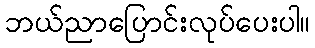
ဘယ်ညာပြောင်းလုပ်ပေးပါ။